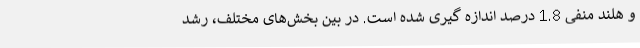
و هلند منفی 1.8 درصد اندازه گیری شده است. در بین بخش‌های مختلف، رشد